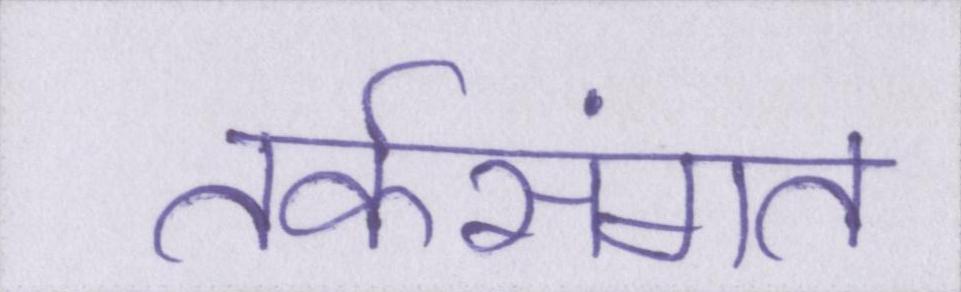
तर्कसंगत